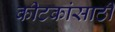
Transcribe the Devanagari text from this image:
कीटकांसाठी